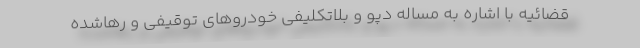
قضائیه با اشاره به مساله دپو و بلاتکلیفی خودروهای توقیفی و رهاشده